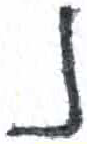
אות: נ